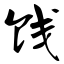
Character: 饯